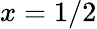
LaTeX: x=1/2